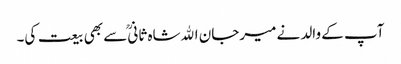
آپ کے والد نے میرجان اﷲشاہ ثانیؒ سے بھی بیعت کی۔